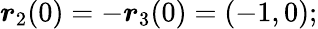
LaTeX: \boldsymbol{r}_{2}(0)=-\boldsymbol{r}_{3}(0)=(-1,0);